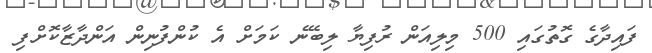
ފައިދާގެ ގޮތުގައި 500 މިލިއަން ރުފިޔާ ލިބޭނެ ކަމަށް އެ ކުންފުނިން އަންދާޒާކޮށްފި